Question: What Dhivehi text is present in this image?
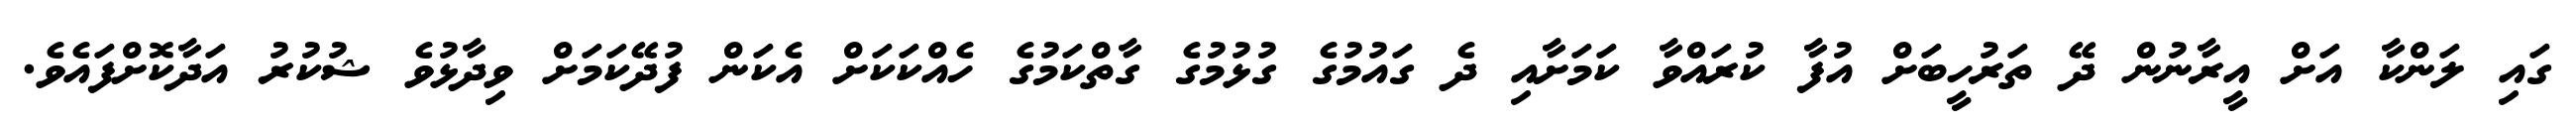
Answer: ގައި ލަންކާ އަށް އީރާނުން ދޭ ތަރުހީބަށް އުފާ ކުރައްވާ ކަމަށާއި ދެ ގައުމުގެ ގުޅުމުގެ ގާތްކަމުގެ ހެއްކަކަށް އެކަން ފުދޭކަމަށް ވިދާޅުވެ ޝުކުރު އަދާކޮށްފައެވެ.